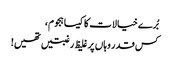
بُرے خیالات کا کیسا ہجوم،
کس قدر وہاں پر غلیظ رغبتیں تھیں!